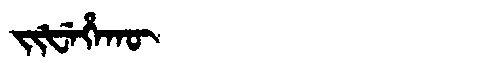
Manchu: ᠵᡳᡶᡝᡥᠠᡴᡡ
Romanization: JIFEHAKŪ